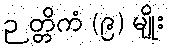
ဉတ္တိကံ (၉) မျိုး